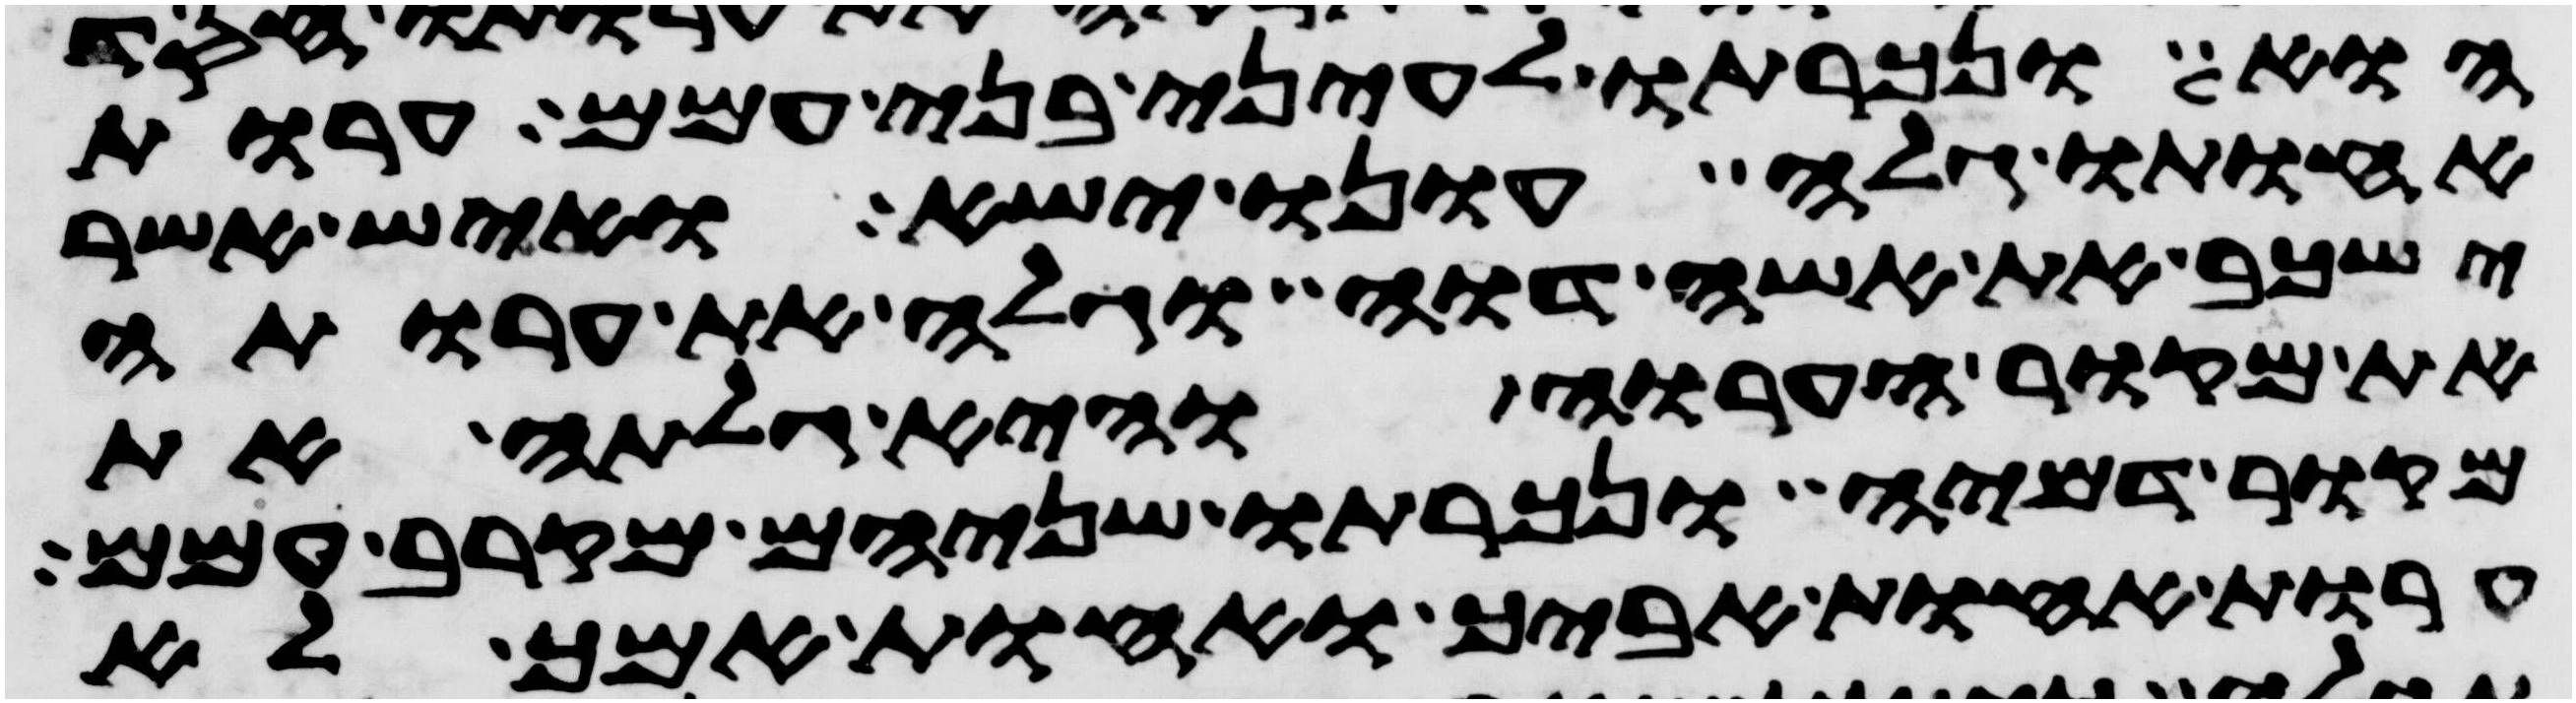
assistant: הוא ונכרתו לעיני בני עמם ערות
אחותו גלה עונו ישא ואיש אשר
ישכב את אשה דוה וגלה את ערותה
את מקור הערוה והיא גלתה את
מקור דמיה ונכרתו שניהם מקרב עמם
ערות אחות אביך ואחות אמך לא